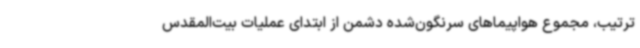
ترتیب، مجموع هواپیماهای سرنگون‌شده دشمن از ابتدای عملیات بیت‌المقدس